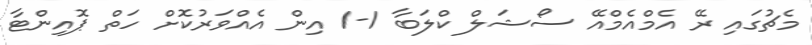
މެޗުގައި ރޭ އެމްއެމްއޭ ސޯޝަލް ކްލަބާ 1-1 އިން އެއްވަރުކޮށް ހަތް ޕޮއިންޓާ